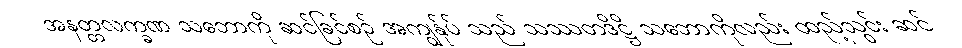
အနတ္တလက္ခဏ သဘောကို ဆင်ခြင်စဉ် အကျွန်ုပ် သည် သဿတဒိဋ္ဌိ သဘောကိုလည်း ထည့်သွင်း ဆင်